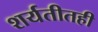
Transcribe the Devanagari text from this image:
शर्यतीतही